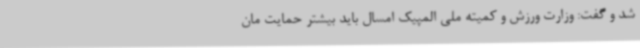
شد و گفت: وزارت ورزش و کمیته ملی المپیک امسال باید بیشتر حمایت مان